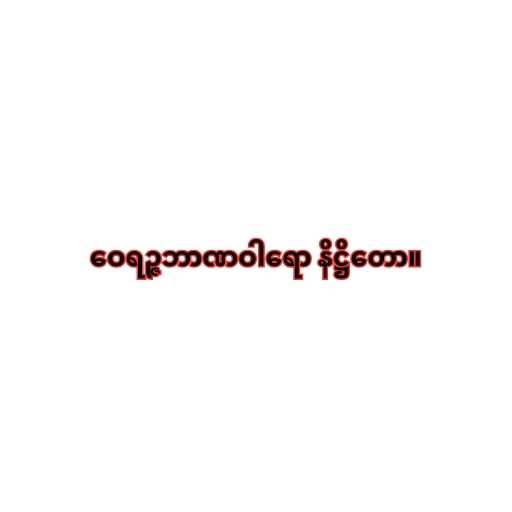
ဝေရဉ္ဇဘာဏဝါရော နိဋ္ဌိတော။